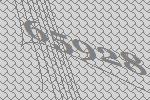
65928